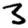
Digit: 3